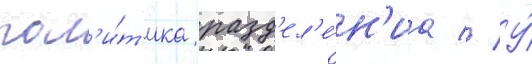
пол'и́т'ика разд'ел'е́н'иа // У́